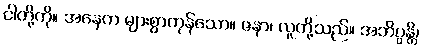
ငါတို့ကို။ အနေက များစွာကုန်သော။ ဇနာ၊ လူတို့သည်။ အဘိပ္ပန္တိ၊